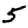
Digit: 5